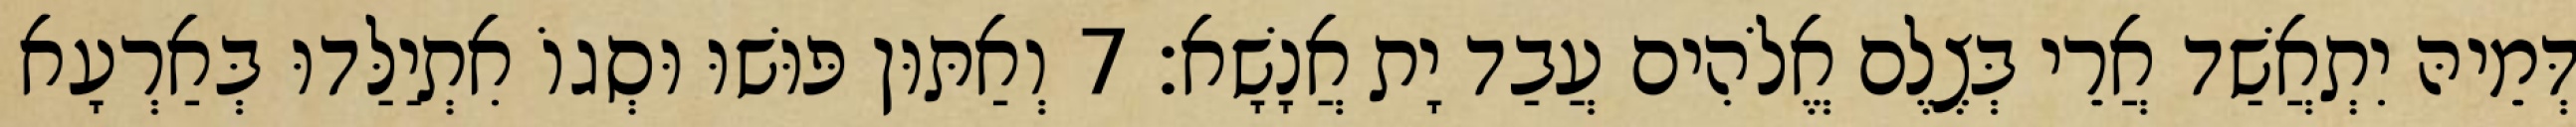
דְּמֵיהּ יִתְאֲשַׁד אֲרֵי בְּצֶלֶם אֱלֹהִים עֲבַד יָת אֲנָשָׁא׃ 7 וְאַתּוּן פּוּשׁוּ וּסְגוֹ אִתְיַלַּדוּ בְּאַרְעָא